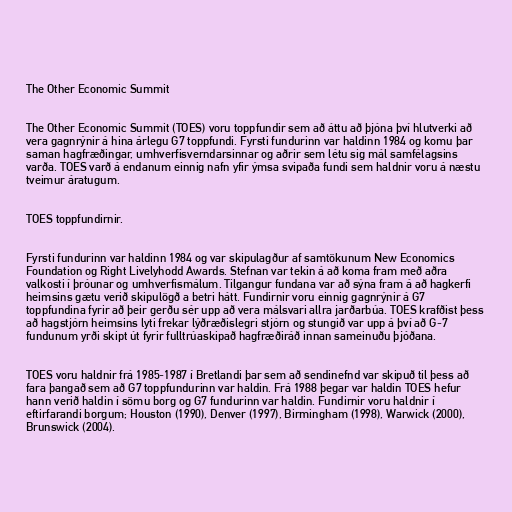
The Other Economic Summit

The Other Economic Summit (TOES) voru toppfundir sem að áttu að þjóna því hlutverki að
vera gagnrýnir á hina árlegu G7 toppfundi. Fyrsti fundurinn var haldinn 1984 og komu þar
saman hagfræðingar, umhverfisverndarsinnar og aðrir sem létu sig mál samfélagsins
varða. TOES varð á endanum einnig nafn yfir ýmsa svipaða fundi sem haldnir voru á næstu
tveimur áratugum.

TOES toppfundirnir.

Fyrsti fundurinn var haldinn 1984 og var skipulagður af samtökunum New Economics
Foundation og Right Livelyhodd Awards. Stefnan var tekin á að koma fram með aðra
valkosti í þróunar og umhverfismálum. Tilgangur fundana var að sýna fram á að hagkerfi
heimsins gætu verið skipulögð a betri hátt. Fundirnir voru einnig gagnrýnir á G7
toppfundina fyrir að þeir gerðu sér upp að vera málsvari allra jarðarbúa. TOES krafðist þess
að hagstjórn heimsins lyti frekar lýðræðislegri stjórn og stungið var upp á því að G-7
fundunum yrði skipt út fyrir fulltrúaskipað hagfræðiráð innan sameinuðu þjóðana.

TOES voru haldnir frá 1985-1987 í Bretlandi þar sem að sendinefnd var skipuð til þess að
fara þangað sem að G7 toppfundurinn var haldin. Frá 1988 þegar var haldin TOES hefur
hann verið haldin í sömu borg og G7 fundurinn var haldin. Fundirnir voru haldnir í
eftirfarandi borgum; Houston (1990), Denver (1997), Birmingham (1998), Warwick (2000),
Brunswick (2004).